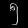
Digit: ၅